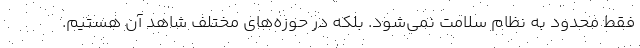
فقط محدود به نظام سلامت نمی‌شود. بلکه در حوزه‌های مختلف شاهد آن هستیم.